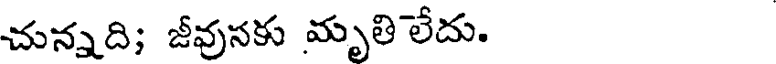
చున్నది; జీవునకు మృతిలేదు.